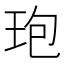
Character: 玸